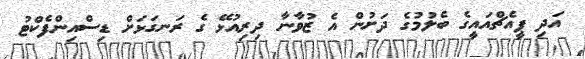
އަދި ޕީއެޗްއައީގެ ބެލުމުގެ ދަށުން އެ ޒުވާނާ ދިރިއުޅޭ ގެ ރަނގަޅަށް ޑިސްއިންފެކްޓު